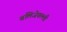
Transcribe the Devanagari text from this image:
बलिजेपल्ली